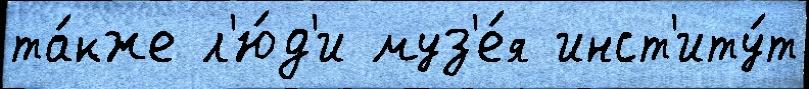
та́кже л'ю́д'и муз'е́я инст'иту́т